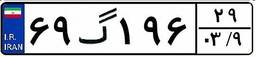
۰۶گ۲۵۶۰۹